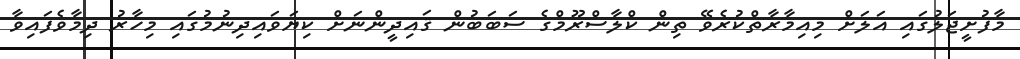
މާފުށީޖަލުގައި އަލަށް މިއިމާރާތްކުރެވޭ ތިން ކްލާސްރޫމްގެ ސަބަބުން ޤައިދީންނަށް ކިޔަވައިދިނުމުގައި މިހާރު ދިމާވެފައިވާ